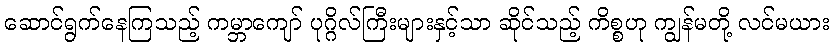
ဆောင်ရွက်နေကြသည့် ကမ္ဘာကျော် ပုဂ္ဂိလ်ကြီးများနှင့်သာ ဆိုင်သည့် ကိစ္စဟု ကျွန်မတို့ လင်မယား